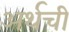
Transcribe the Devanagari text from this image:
अर्थची